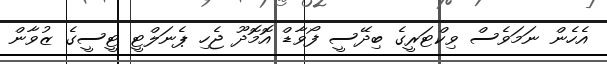
އެހެން ނަމަވެސް ވިކްޓަރީގެ ބިދޭސީ ފޯވާޑް އޮމޮދޫ ޖެހި ޕެނަލްޓީ ޓީސީގެ ޒުވާން